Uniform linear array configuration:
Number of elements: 24
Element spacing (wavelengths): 1
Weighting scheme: exponential
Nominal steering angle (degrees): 60
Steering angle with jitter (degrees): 59.113
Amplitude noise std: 0.05
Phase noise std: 0.05

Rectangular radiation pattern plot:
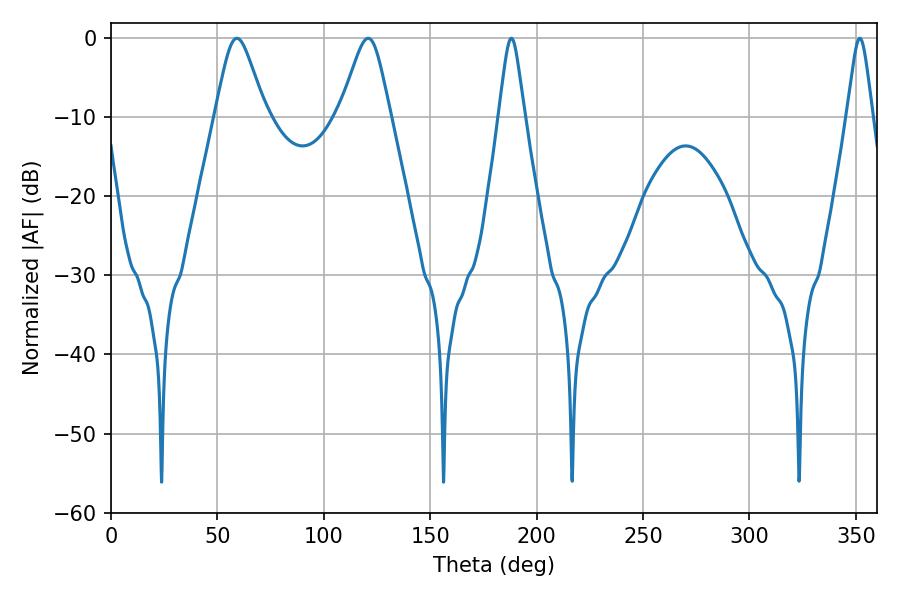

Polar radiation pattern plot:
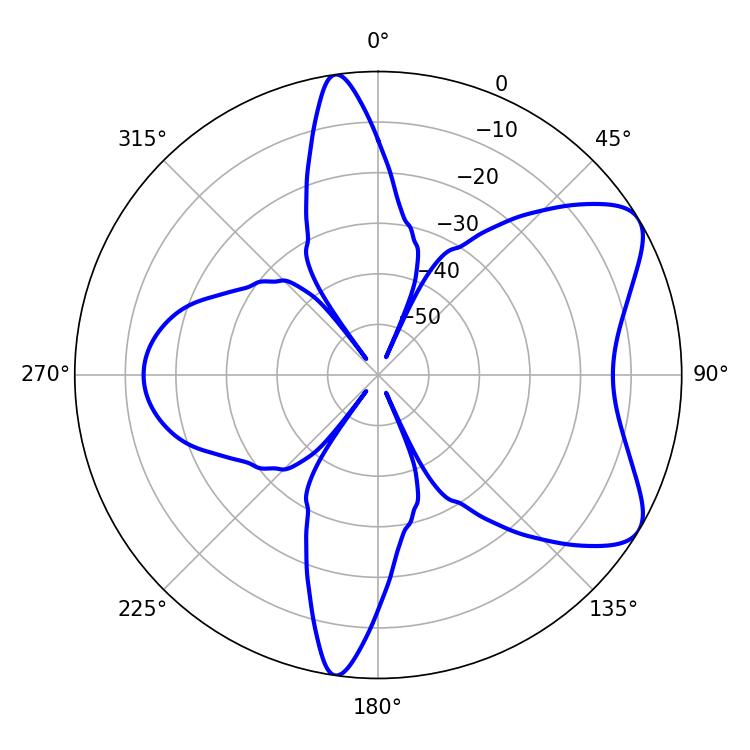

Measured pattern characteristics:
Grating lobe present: TRUE
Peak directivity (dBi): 7.202
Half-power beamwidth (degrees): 5.76
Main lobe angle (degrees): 188.1